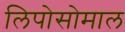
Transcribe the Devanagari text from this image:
लिपोसोमाल